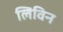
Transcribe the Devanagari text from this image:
लिविन